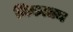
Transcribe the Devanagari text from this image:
निकातम